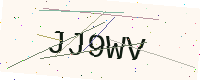
Text: JJ9WV